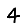
Digit: 4